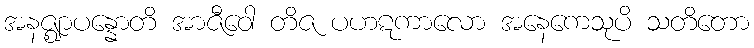
အနဇ္ဈာပန္နောတိ အာဇီဝေါ တိဇ ပဟဋကာလော အနေကေသုပိ သတိတော